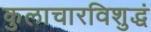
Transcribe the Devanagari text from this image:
कुलाचारविशुद्धं